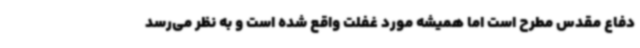
دفاع مقدس مطرح است اما همیشه مورد غفلت واقع شده است و به نظر می‌رسد